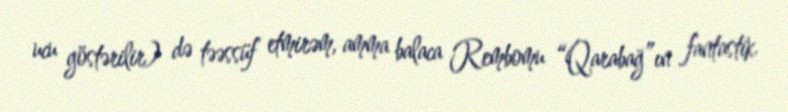
ucu göstərilir) də təəssüf etmirəm, amma balaca Rembomu “Qarabağ”ın fantastik